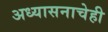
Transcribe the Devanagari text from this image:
अध्यासनाचेही